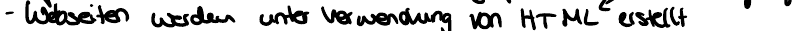
- Webseiten werden unter Verwendung von HTML erstellt